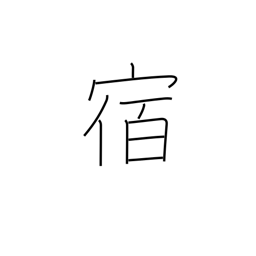
Meaning: lodge